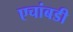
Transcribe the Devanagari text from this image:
एचांबडी